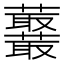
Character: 𧅞